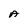
Character: A